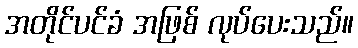
အတိုင်ပင်ခံ အဖြစ် လုပ်ပေးသည်။